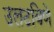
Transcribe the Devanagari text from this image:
उलटविणे